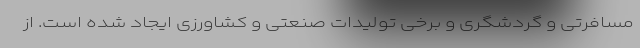
مسافرتی و گردشگری و برخی تولیدات صنعتی و کشاورزی ایجاد شده است. از